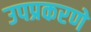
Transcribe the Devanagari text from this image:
उपप्रकरणे